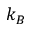
k _ { B }